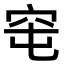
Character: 窀